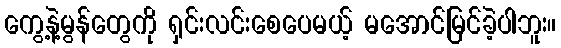
ကွေ့နဲ့မွန်တွေကို ရှင်းလင်းစေပေမယ့် မအောင်မြင်ခဲ့ပါဘူး။